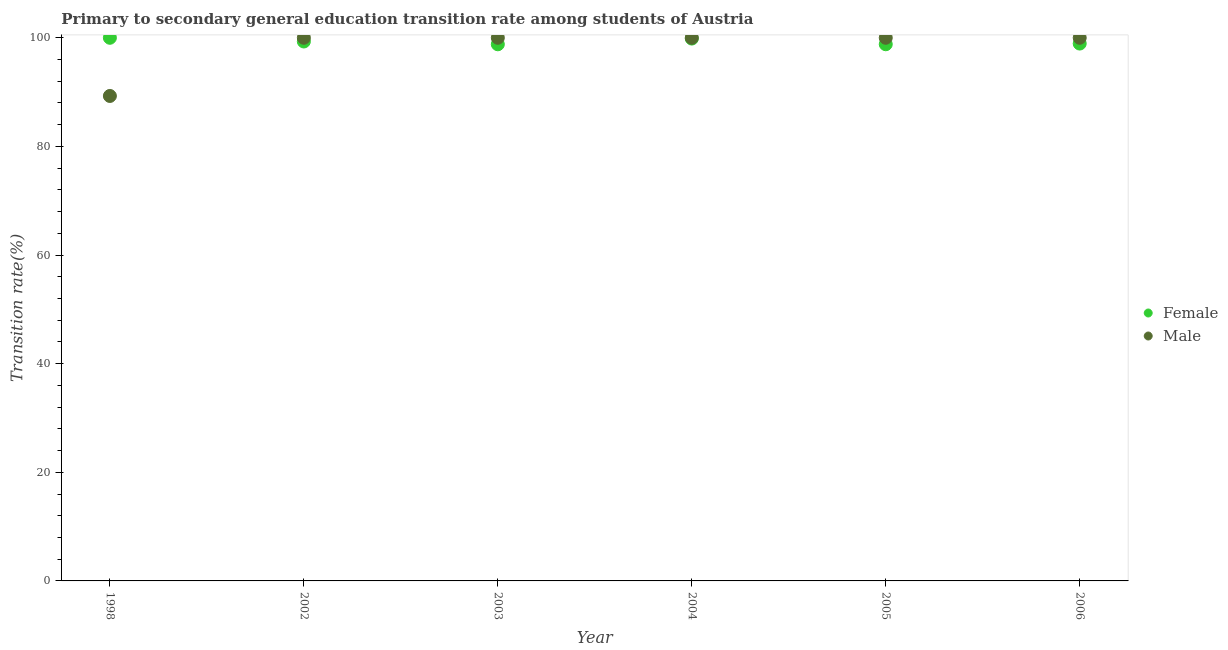
| Year | Female | Male |
 | --- | --- | --- |
 | 1998 | 100 | 89.3 |
 | 2002 | 99.3 | 100 |
 | 2003 | 98.8 | 100 |
 | 2004 | 99.9 | 100 |
 | 2005 | 98.8 | 100 |
 | 2006 | 98.9 | 100 |